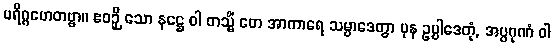
ပရိဂ္ဂဟေတဗ္ဗာ။ ဧဝဉှိ သော နဋ္ဌေ ဝါ တသ္မိံ တေ အာကာရေ သမ္ပာဒေတွာ ပုန ဥပ္ပါဒေတုံ, အပ္ပဂုဏံ ဝါ